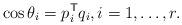
LaTeX: \begin{align*}\cos\theta_{i}=p_{i}^\mathsf{T}q_{i}, i = 1,\dots,r.\end{align*}